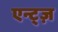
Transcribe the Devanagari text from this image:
एन्ट्ज़